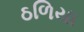
ઠળિયા